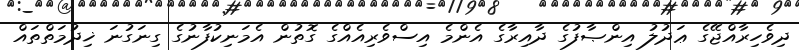
ދިވެހިރާއްޖޭގެ ޢަދުލު އިންޞާފުގެ ދާއިރާގެ އެންމެ އިސްވެރިއެއްގެ ގޮތުން އެމަނިކުފާނުގެ ގިނަގުނަ ޚިދުމަތްތައް